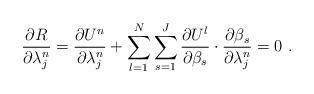
\begin{align*}\frac{{\partial R}}{{\partial \lambda _j^{n} }} = \frac{{\partial {U^n}}}{{\partial \lambda _j^{n}}} + \sum\limits_{l = 1}^N \sum\limits_{s = 1}^J {\frac{{\partial {U^l}}}{{\partial {\beta_s}}}\cdot\frac{{\partial {\beta_s}}}{{\partial \lambda _j^{n}}} = 0} \ .\end{align*}